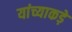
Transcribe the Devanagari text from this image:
यांच्याकड़े